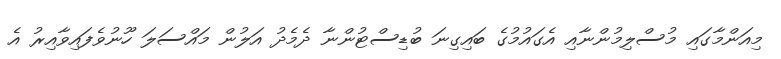
މިއަންމާގައި މުސްލިމުންނާއި އެގައުމުގެ ބައިގިނަ ބުޑިސްޓުންނާ ދެމެދު އަލުން މައްސަލަ ހޫނުވެފައިވާއިރު އެ